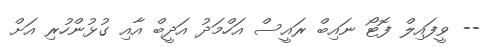
-- ވީފައިލް ފޮޓޯ ނައިބް ރައީސް އަހްމަދު އަދީބް އާއި ގުޅުންހުރި އަށް